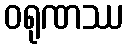
ဝရုဏဿ